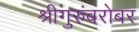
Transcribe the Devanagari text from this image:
श्रीगुरुंंबरोबर